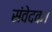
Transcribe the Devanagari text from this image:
संवेदक।